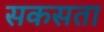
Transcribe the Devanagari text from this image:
सकसता